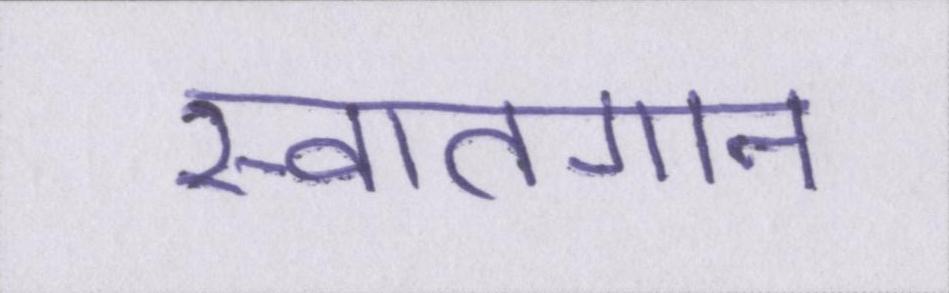
स्वातगान